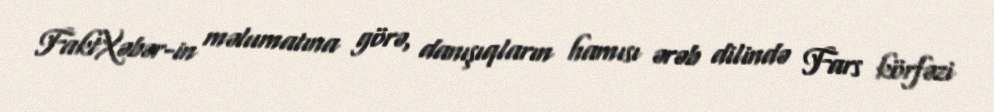
FaktXəbər-in məlumatına görə, danışıqların hamısı ərəb dilində Fars körfəzi